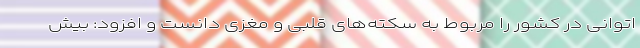
اتوانی در کشور را مربوط به سکته‌های قلبی و مغزی دانست و افزود: بیش